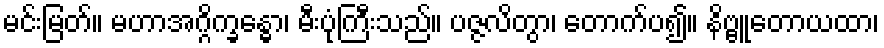
မင်းမြတ်။ မဟာအဂ္ဂိက္ခန္ဓော၊ မီးပုံကြီးသည်။ ပဇ္ဇလိတွာ၊ တောက်ပ၍။ နိဗ္ဗူတောယထာ၊